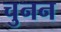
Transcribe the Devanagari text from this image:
चुनन